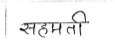
मजकूर: सहमती